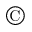
\copyright